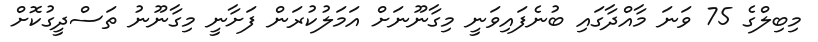
މިބިލްގެ 75 ވަނަ މާއްދާގައި ބުނެފައިވަނީ މިގާނޫނަށް އަމަލުކުރަން ފަށާނީ މިގާނޫނު ތަސްދީގުކޮށް